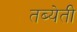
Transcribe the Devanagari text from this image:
तब्येती